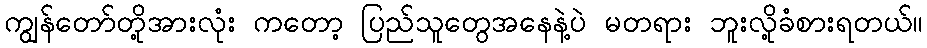
ကျွန်တော်တို့အားလုံး ကတော့ ပြည်သူတွေအနေနဲ့ပဲ မတရား ဘူးလို့ခံစားရတယ်။